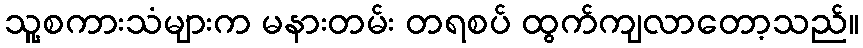
သူ့စကားသံများက မနားတမ်း တရစပ် ထွက်ကျလာတော့သည်။